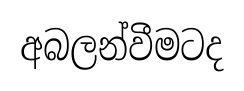
අබලන්වීමටද